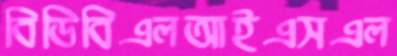
বিডিবিএলআইএসএল